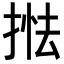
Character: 𢯖